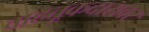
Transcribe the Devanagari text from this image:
वाहतूकदारावर